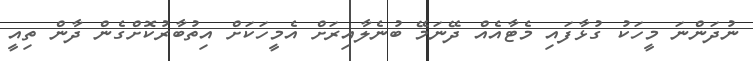
ނުދަންނަ މީހަކު ގުޅާފައި މެޓާއެއް ދޭނަމޭ ބުނެލާއިރަށް އެމީހަކަށް އިތުބާރުކޮށްގެން ދާން ތިއީ